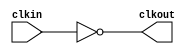
module bw_clk_cclk_inv_96x (
    clkout,
    clkin );

    output clkout;
    input  clkin;
 
    assign clkout = ~( clkin );

endmodule